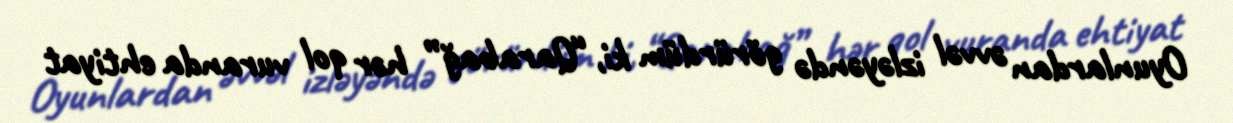
Oyunlardan əvvəl izləyəndə görürdüm ki, “Qarabağ” hər qol vuranda ehtiyat